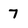
Character: 7